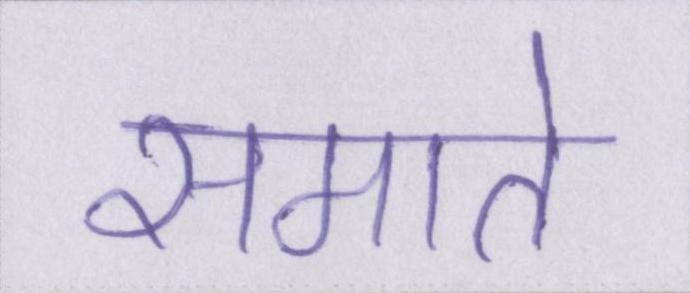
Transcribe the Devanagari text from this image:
समाते